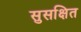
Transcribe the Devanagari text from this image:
सुसक्षित